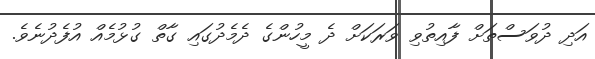
އަދި ދުވަސްތަށް ފާއިތުވި ވަރަކަށް ދެ މީހުންގެ ދެމެދުގައި ގާތް ގުޅުމެއް އުފެދުނެވެ.